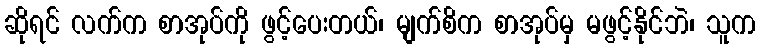
ဆိုရင် လက်က စာအုပ်ကို ဖွင့်ပေးတယ်၊ မျက်စိက စာအုပ်မှ မဖွင့်နိုင်ဘဲ၊ သူက